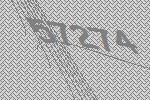
57274